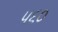
૫૬૦